Reports on dispensaries and lunatic asylums in the Province of Oudh - 1869-1876
Year: 1869
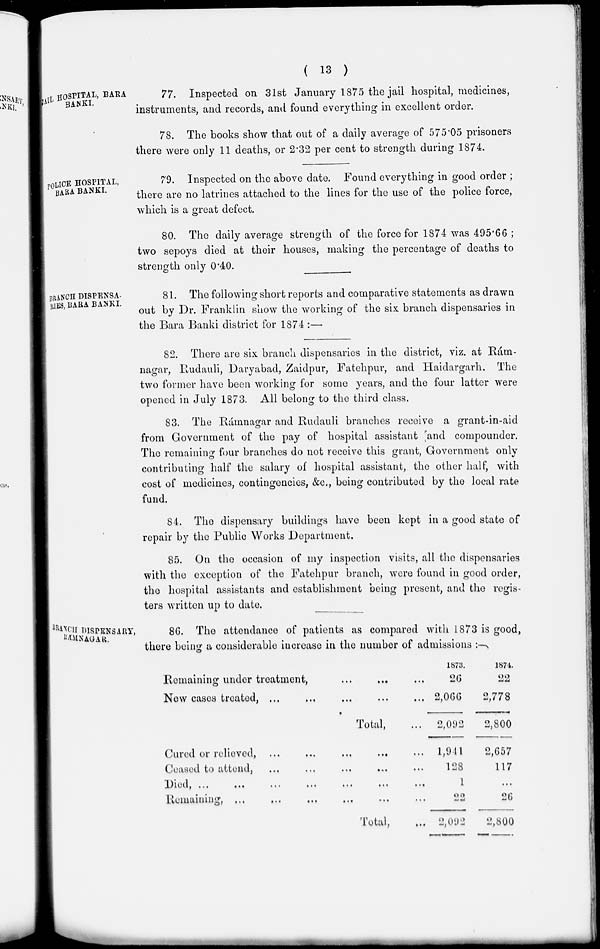
( 13 )
JAIL HOSPITAL, BARA
BANKI.
77. Inspected on 31st January 1875 the jail hospital, medicines,
instruments, and records, and found everything in excellent order.
78. The books show that out of a daily average of 575.05 prisoners
there were only 11 deaths, or 2.32 per cent to strength during 1874.
POLICE HOSPITAL,
BARA BANKI.
79. Inspected on the above date. Found everything in good order ;
there are no latrines attached to the lines for the use of the police force,
which is a great defect.
80. The daily average strength of the force for 1874 was 495.66 ;
two sepoys died at their houses, making the percentage of deaths to
strength only 0.40.
BRANCH DISPENSA-
RIES, BARA BANKI.
81. The following short reports and comparative statements as drawn
out by Dr. Franklin show the working of the six branch dispensaries in
the Bara Banki district for 1874 :—
82. There are six branch dispensaries in the district, viz. at Rám-
nagar, Rudauli, Daryabad, Zaidpur, Fatehpur, and Haidargarh. The
two former have been working for some years, and the four latter were
opened in July 1873. All belong to the third class.
83. The Rámnagar and Rudauli branches receive a grant-in-aid
from Government of the pay of hospital assistant and compounder.
The remaining four branches do not receive this grant, Government only
contributing half the salary of hospital assistant, the other half, with
cost of medicines, contingencies, &c., being contributed by the local rate
fund.
84. The dispensary buildings have been kept in a good state of
repair by the Public Works Department.
85. On the occasion of my inspection visits, all the dispensaries
with the exception of the Fatehpur branch , were found in good order,
the hospital assistants and establishment being present, and the regis-
ters written up to date.
BRANCH DISPENSARY,
RAMNAGAR.
86. The attendance of patients as compared with 1873 is good,
there being a considerable increase in the number of admissions :––
Remaining under treatment,
...
...
...
New cases treated, ...
...
...
...
...
Total, ...
Cured or relieved,
... ... ... ... ...
Ceased to attend,
...
...
...
...
...
Died, ...
... ... ... ... ... ...
Remaining, ... ... ... ... ... ... ...
Total, ...
1873.
26
2,066
2,092
1,941
128
1
22
2,092
1874.
22
2,778
2,800
2,657
117
...
26
2,800